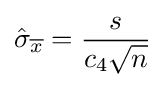
{\hat {\sigma }}_{\overline {x}}={\frac {s}{c_{4}{\sqrt {n}}}}